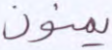
يمنون